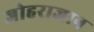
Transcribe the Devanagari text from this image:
जोहराजान